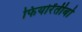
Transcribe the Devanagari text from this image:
फियोरेंतीबो